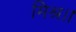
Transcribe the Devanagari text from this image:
मिश्र।।